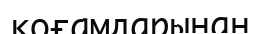
қоғамдарынан